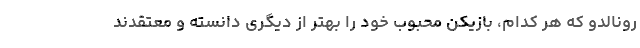
رونالدو که هر کدام، بازیکن محبوب خود را بهتر از دیگری دانسته و معتقدند